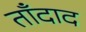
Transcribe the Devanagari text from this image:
ताँदाद